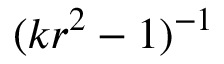
( k r ^ { 2 } - 1 ) ^ { - 1 }